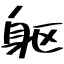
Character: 躯